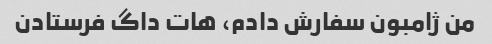
من ژامبون سفارش دادم، هات داگ فرستادن